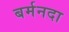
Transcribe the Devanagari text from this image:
बर्मनदा